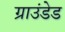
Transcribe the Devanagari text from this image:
ग्राउंडेड